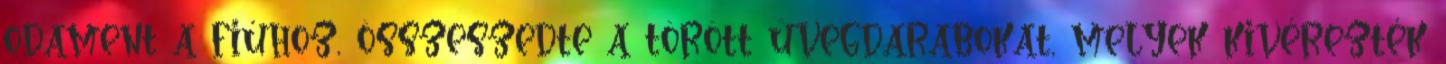
odament a fiúhoz, összeszedte a törött üvegdarabokat, melyek kivérezték